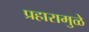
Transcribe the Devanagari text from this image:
प्रहारामुळे